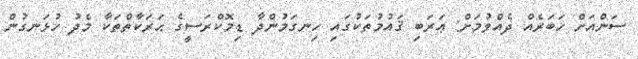
ސަންއަށް ޚަބަރެއް ދެއްވުމަށް: ޢަރަބި ޤައުމުތަކުގައި ހިނގަމުންދާ ޑިމޮކްރަސީގެ ޙަރަކާތްތަކާ މެދު ހުޅަނގުން